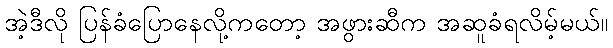
အဲ့ဒီလို ပြန်ခံပြောနေလို့ကတော့ အဖွားဆီက အဆူခံရလိမ့်မယ်။